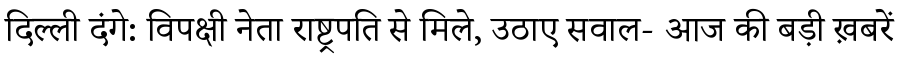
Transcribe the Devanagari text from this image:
दिल्ली दंगे: विपक्षी नेता राष्ट्रपति से मिले, उठाए सवाल- आज की बड़ी ख़बरें